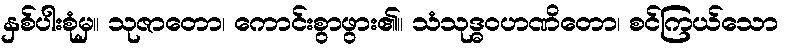
နှစ်ပါးစုံမှ။ သုဇာတော၊ ကောင်းစွာဖွား၏။ သံသုဒ္ဓဝဟဏိတော၊ စင်ကြယ်သော